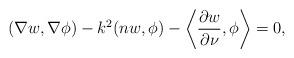
LaTeX: \begin{align*}(\nabla w, \nabla \phi) - k^2 ( n w, \phi) - \left\langle \frac{\partial w}{\partial \nu}, \phi \right\rangle = 0,\end{align*}